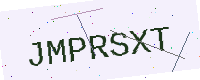
Text: JMPRSXT